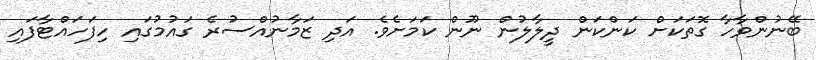
ބޭނުންވާހާ ގޮތަކަށް ކަންކަން ދީލާލުން ނޫން ކަމަށެވެ. އަދި ޒަމާނުއްސުރެ ގައުމުގައި ހިފަހައްޓާފައި